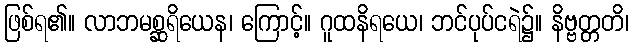
ဖြစ်ရ၏။ လာဘမစ္ဆရိယေန၊ ကြောင့်။ ဂူထနိရယေ၊ ဘင်ပုပ်ငရဲ၌။ နိဗ္ဗတ္တတိ၊